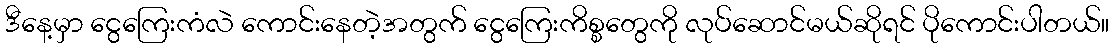
ဒီနေ့မှာ ငွေကြေးကံလဲ ကောင်းနေတဲ့အတွက် ငွေကြေးကိစ္စတွေကို လုပ်ဆောင်မယ်ဆိုရင် ပိုကောင်းပါတယ်။